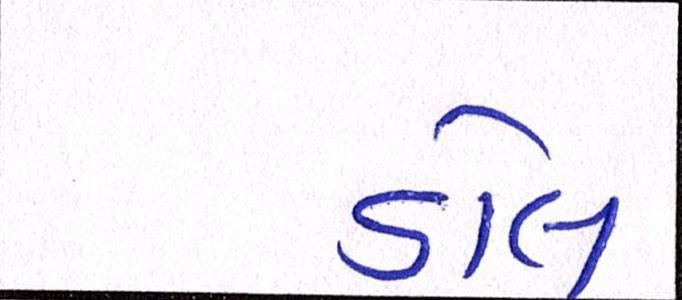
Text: ડોલ